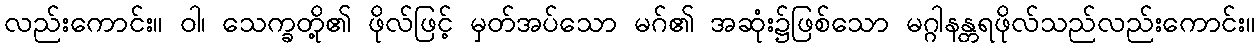
လည်းကောင်း။ ဝါ၊ သေက္ခတို့၏ ဖိုလ်ဖြင့် မှတ်အပ်သော မဂ်၏ အဆုံး၌ဖြစ်သော မဂ္ဂါနန္တရဖိုလ်သည်လည်းကောင်း။